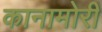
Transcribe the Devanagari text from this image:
कानामोरी